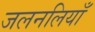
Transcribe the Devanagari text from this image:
जलनलियाँ